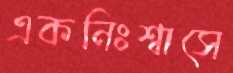
একনিঃশ্বাসে